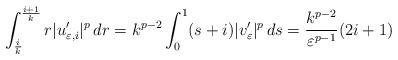
LaTeX: \begin{align*}\int_{\frac{i}{k}}^{\frac{i+1}{k}} r |u_{\varepsilon,i}'|^p \, dr = k^{p-2} \int_0^1 (s+i) |v_\varepsilon'|^p \, ds = \frac{k^{p-2}}{\varepsilon^{p-1}}(2i+1)\end{align*}